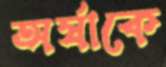
অর্ষাকে